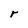
Character: r